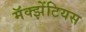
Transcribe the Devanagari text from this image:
मॅक्झेंटियस